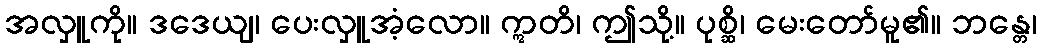
အလှူကို။ ဒဒေယျ၊ ပေးလှူအံ့လော။ ဣတိ၊ ဤသို့။ ပုစ္ဆိ၊ မေးတော်မူ၏။ ဘန္တေ၊